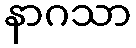
နာဂသာ